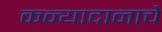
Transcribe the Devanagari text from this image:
कन्यादानाचे